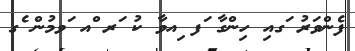
ފެންވަރު ަގއި ހިންގާ ަފ ިއވާ ކު ަރ ްއ ަވމުން ެގ